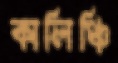
কালিঞ্চি